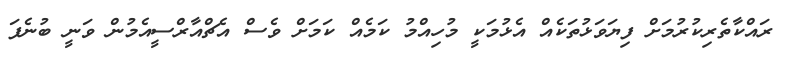
ރައްކާތެރިކުރުމަށް ފިޔަވަޅުތަކެއް އެޅުމަކީ މުހިއްމު ކަމެއް ކަމަށް ވެސް އެޗްއާރްސީއެމުން ވަނީ ބުނެފަ